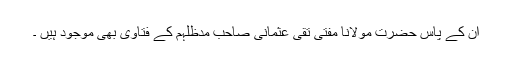
ان کے پاس حضرت مولانا مفتی تقی عثمانی صاحب مدظلہم کے فتاویٰ بھی موجود ہیں ۔